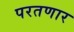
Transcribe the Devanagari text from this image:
परतणार